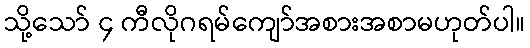
သို့သော် ၄ ကီလိုဂရမ်ကျော်အစားအစာမဟုတ်ပါ။